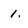
Character: 1